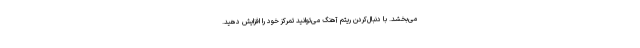
می‌بخشد. با دنبال‌کردن ریتم آهنگ می‌توانید تمرکز خود را افزایش دهید.